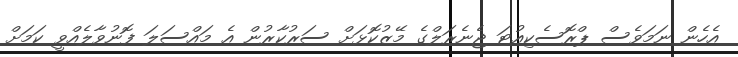
އެހެން ނަމަވެސް ޕްރޮސެކިއުޓަ ޖެނެރަލްގެ މޭޒުކޮޅަށް ސަރުކާރުން އެ މައްސަލަ ފޮނުވާލެއްވީ ކަމަށް